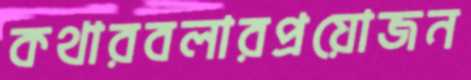
কথারবলারপ্রয়োজন